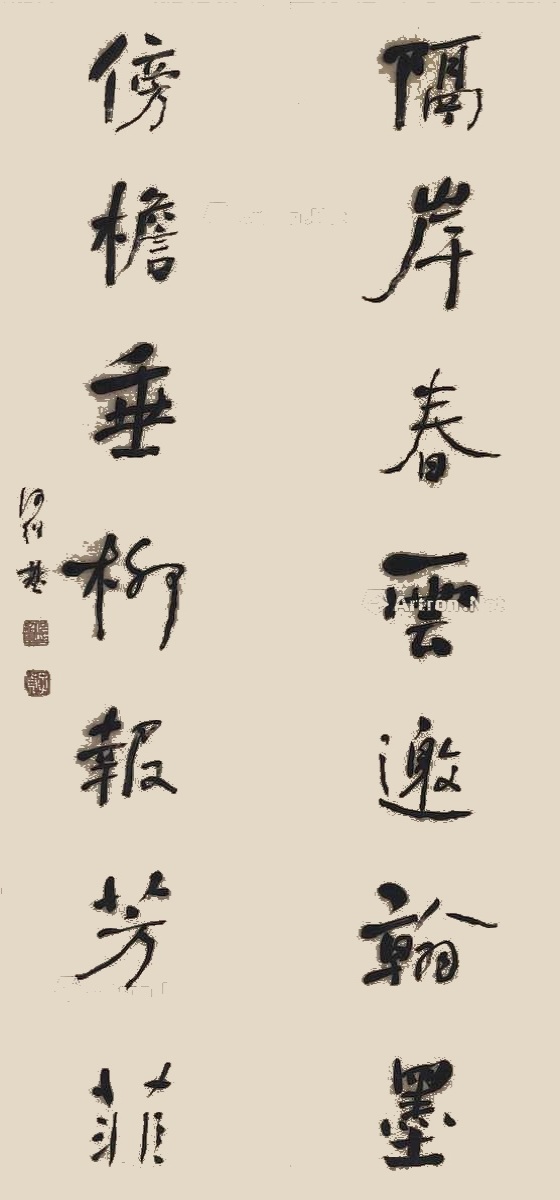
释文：隔岸春云邀翰墨，傍檐垂柳报芳菲。何绍基。